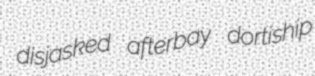
disjasked afterbay dortiship